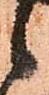
候